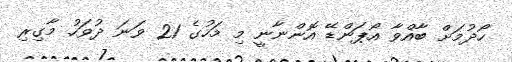
ހޯދުމަށް ބާއްވާ އޯޕަންޑޭ އޮންނާނީ މި މަހުގެ 21 ވަނަ ދުވަހު މާގިރި